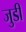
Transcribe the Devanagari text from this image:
जुडी